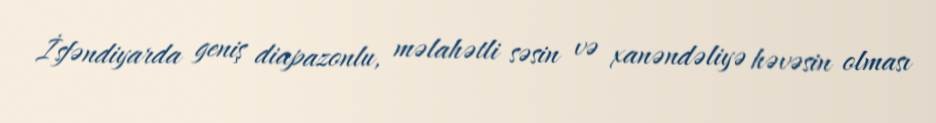
İsfəndiyarda geniş diapazonlu, məlahətli səsin və xanəndəliyə həvəsin olması